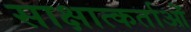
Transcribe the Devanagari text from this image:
साक्षात्कर्ताओं